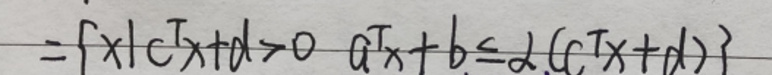
$=\{x|c^{\top}x + d>0\ a^{\top}x + b\leq\lambda(c^{\top}x + d)\}$